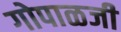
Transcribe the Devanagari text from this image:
गोपाळजी